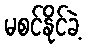
မစင်နိုင်ခဲ့